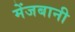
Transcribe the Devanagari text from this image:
मेंजबानी